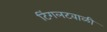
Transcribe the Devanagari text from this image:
टिंगलटवाळी